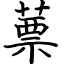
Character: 蔈